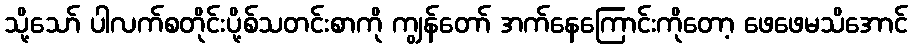
သို့သော် ပါလက်စတိုင်းပို့စ်သတင်းစာကို ကျွန်တော် အက်နေကြောင်းကိုတော့ ဖေဖေမသိအောင်